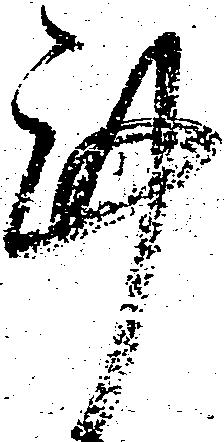
謹